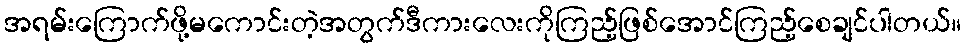
အရမ်းကြောက်ဖို့မကောင်းတဲ့အတွက်ဒီကားလေးကိုကြည့်ဖြစ်အောင်ကြည့်စေချင်ပါတယ်။